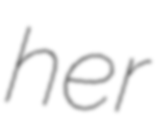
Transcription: her